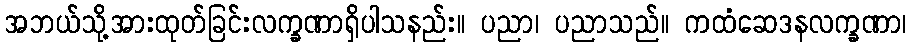
အဘယ်သို့အားထုတ်ခြင်းလက္ခဏာရှိပါသနည်း။ ပညာ၊ ပညာသည်။ ကထံဆေဒနလက္ခဏာ၊